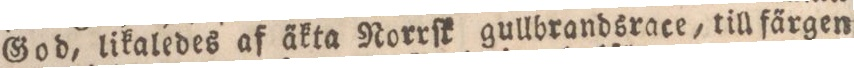
God, likaledes af a̋kta Norrſk gullbrandsrace, till fa̋rgen